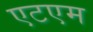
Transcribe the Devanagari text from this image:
एटएम